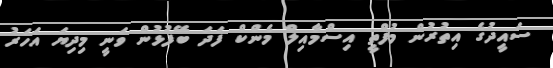
ސައީދުގެ އިތުރުން މުފްތީ އިސްމާއިލް މެންކް ފަދަ ބޭފުޅުން ވަނީ މިދިޔަ އަހަރު